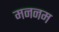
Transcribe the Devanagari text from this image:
मननम